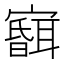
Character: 𱚘